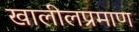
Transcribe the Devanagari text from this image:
खालीलप्रमाण